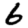
Digit: 6